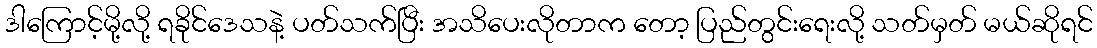
ဒါကြောင့်မို့လို့ ရခိုင်ဒေသနဲ့ ပတ်သက်ပြီး အသိပေးလိုတာက တော့ ပြည်တွင်းရေးလို့ သတ်မှတ် မယ်ဆိုရင်